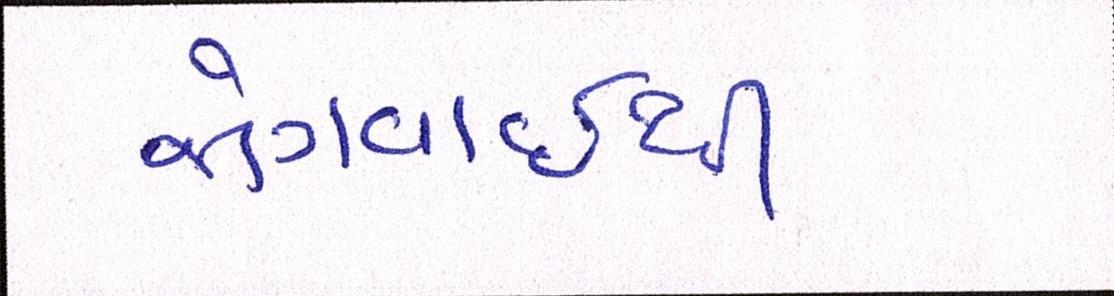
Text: જોગવાઈથી